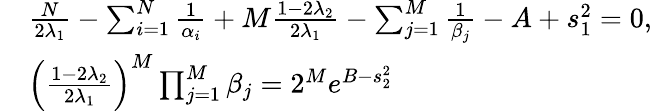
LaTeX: \begin{array}{rl}&{\frac{N}{2\lambda_{1}}-\sum_{i=1}^{N}\frac{1}{\alpha_{i}}+M\frac{1-2\lambda_{2}}{2\lambda_{1}}-\sum_{j=1}^{M}\frac{1}{\beta_{j}}-A+s_{1}^{2}=0,}\\ &{\left(\frac{1-2\lambda_{2}}{2\lambda_{1}}\right)^{M}\prod_{j=1}^{M}\beta_{j}=2^{M}e^{B-s_{2}^{2}}}\end{array}